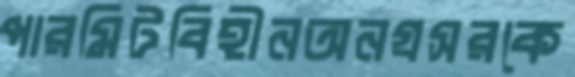
পারমিটবিহীনঅনগ্রসরকে